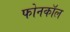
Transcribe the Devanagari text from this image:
फोनकाॅल